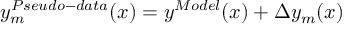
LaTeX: y _ { m } ^ { P s e u d o - d a t a } ( x ) = y ^ { M o d e l } ( x ) + \Delta y _ { m } ( x )